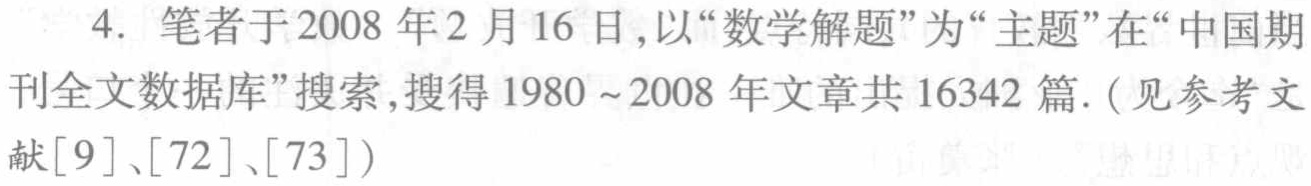
4. 笔者于2008年2月16日,以“数学解题”为“主题”在“中国期刊全文数据库”搜索,搜得1980~2008年文章共16342篇.（见参考文献[9]、[72]、[73]）